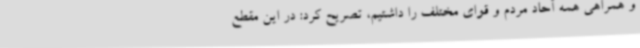
و همراهی همه آحاد مردم و قوای مختلف را داشتیم، تصریح کرد: در این مقطع